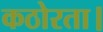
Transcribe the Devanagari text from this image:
कठोरता।